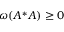
\omega ( A ^ { * } A ) \ge 0